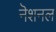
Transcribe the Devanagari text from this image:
नॆशनल